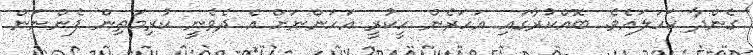
ގެންދާ ކަހަލައެވެ. ބޮއްކުރާގައި އަހަރެން ހީކުރީ އަހަންނަށް އެ ދެވެނީ ކުރިމަތިން ފެންނަން